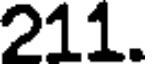
211.